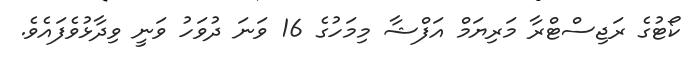
ކޯޓުގެ ރަޖިސްޓްރާ މަރިޔަމް އަފްޝާ މިމަހުގެ 16 ވަނަ ދުވަހު ވަނީ ވިދާޅުވެފައެވެ.